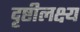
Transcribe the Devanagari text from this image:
दृष्टीलक्ष्य